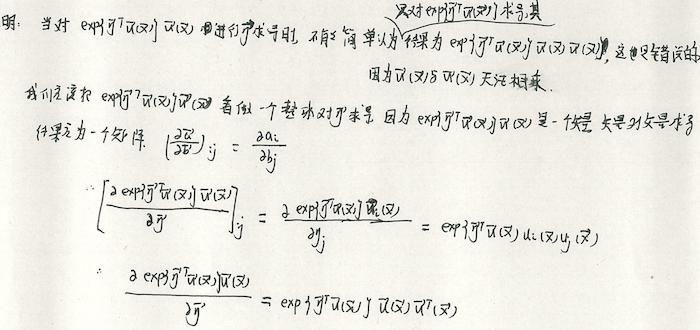
明：当对 $\exp\{j\overline{q}^T(x)\overline{u}(x)\}$ 进行求导时，不能简单认为结果为 $\exp\{j\overline{q}^T(x)\overline{u}(x)\}\overline{q}(x)\overline{u}(x)$，这是错误的，因为 $\overline{q}(x)$ 与 $\overline{u}(x)$ 无关。

我们应把 $\exp\{j\overline{q}^T(x)\overline{u}(x)\}$ 看做一个整体来对其求导。因为 $\exp\{j\overline{q}^T(x)\overline{u}(x)\}$ 是一个标量，矢量对矢量求导结果为一个矩阵。$(\frac{\partial\overline{z}}{\partial\overline{y}})_{ij}=\frac{\partial z_i}{\partial y_j}$

\[
\left[\frac{\partial\exp\{j\overline{q}^T(x)\overline{u}(x)\}}{\partial\overline{y}}\right]_j = \frac{\partial\exp\{j\overline{q}^T(x)\overline{u}(x)\}}{\partial y_j}=\exp\{j\overline{q}^T(x)\}u_i(x)y_i(\overline{x})
\]

\[
\frac{\partial\exp\{j\overline{q}^T(x)\overline{u}(x)\}}{\partial\overline{y}^T}=\exp\{j\overline{q}^T(x)\}\overline{u}(x)\overline{v}^T(x)
\]